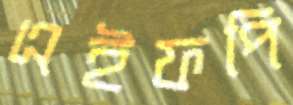
এইফপি